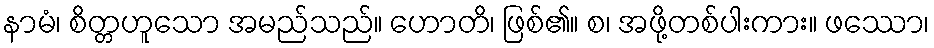
နာမံ၊ စိတ္တဟူသော အမည်သည်။ ဟောတိ၊ ဖြစ်၏။ စ၊ အဖို့တစ်ပါးကား။ ဖဿော၊